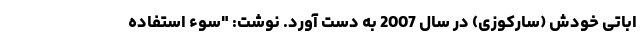
اباتی‌ خودش (سارکوزی) در سال 2007 به دست آورد. نوشت: "سوءِ استفاده